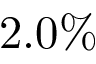
2 . 0 \%